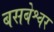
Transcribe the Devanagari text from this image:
बसबेश्वर